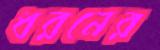
ধরনের